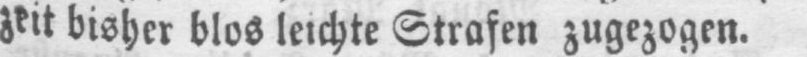
zeit bisher blos leichte Strafen zugezogen.